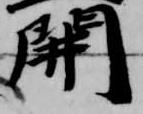
開